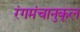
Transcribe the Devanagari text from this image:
रंगमंचानुकूल